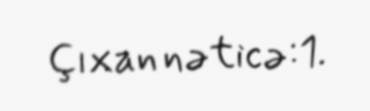
Çıxan nəticə:1.